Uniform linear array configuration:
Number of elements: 32
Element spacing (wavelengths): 0.5
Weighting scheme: exponential
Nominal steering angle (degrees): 60
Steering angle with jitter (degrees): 61.005
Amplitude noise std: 0.05
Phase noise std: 0.05

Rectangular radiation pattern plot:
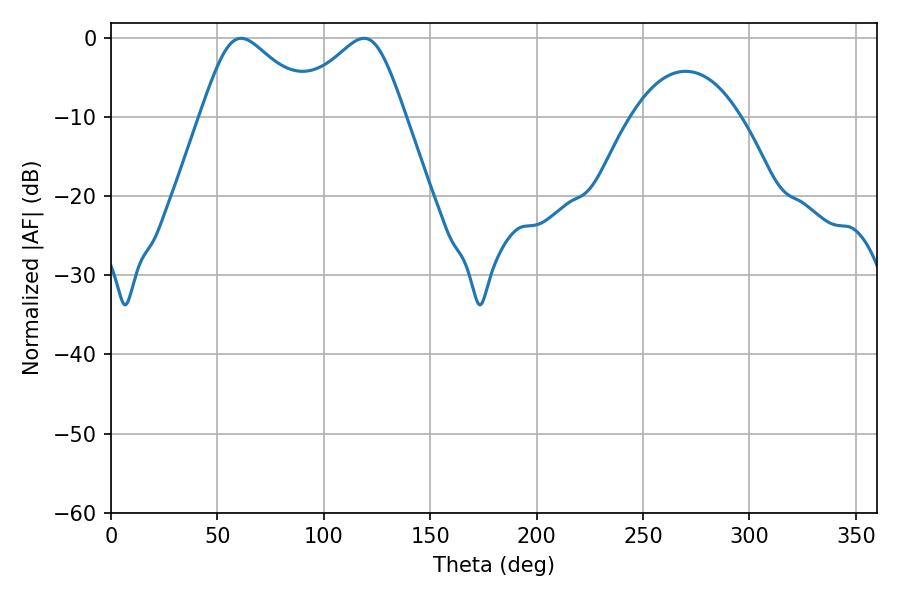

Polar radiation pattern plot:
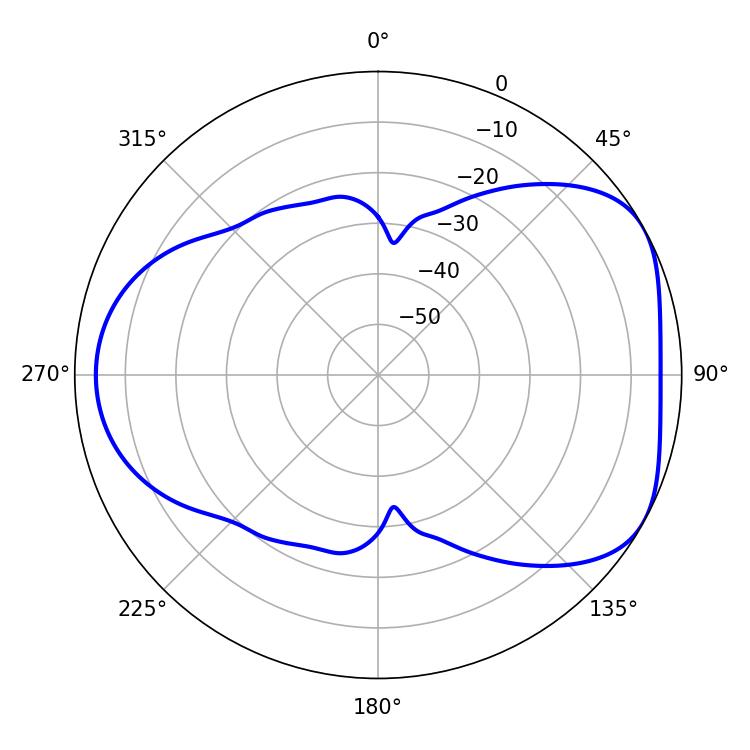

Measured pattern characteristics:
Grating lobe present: FALSE
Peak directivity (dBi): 4.916
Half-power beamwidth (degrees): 26.82
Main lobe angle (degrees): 61.2